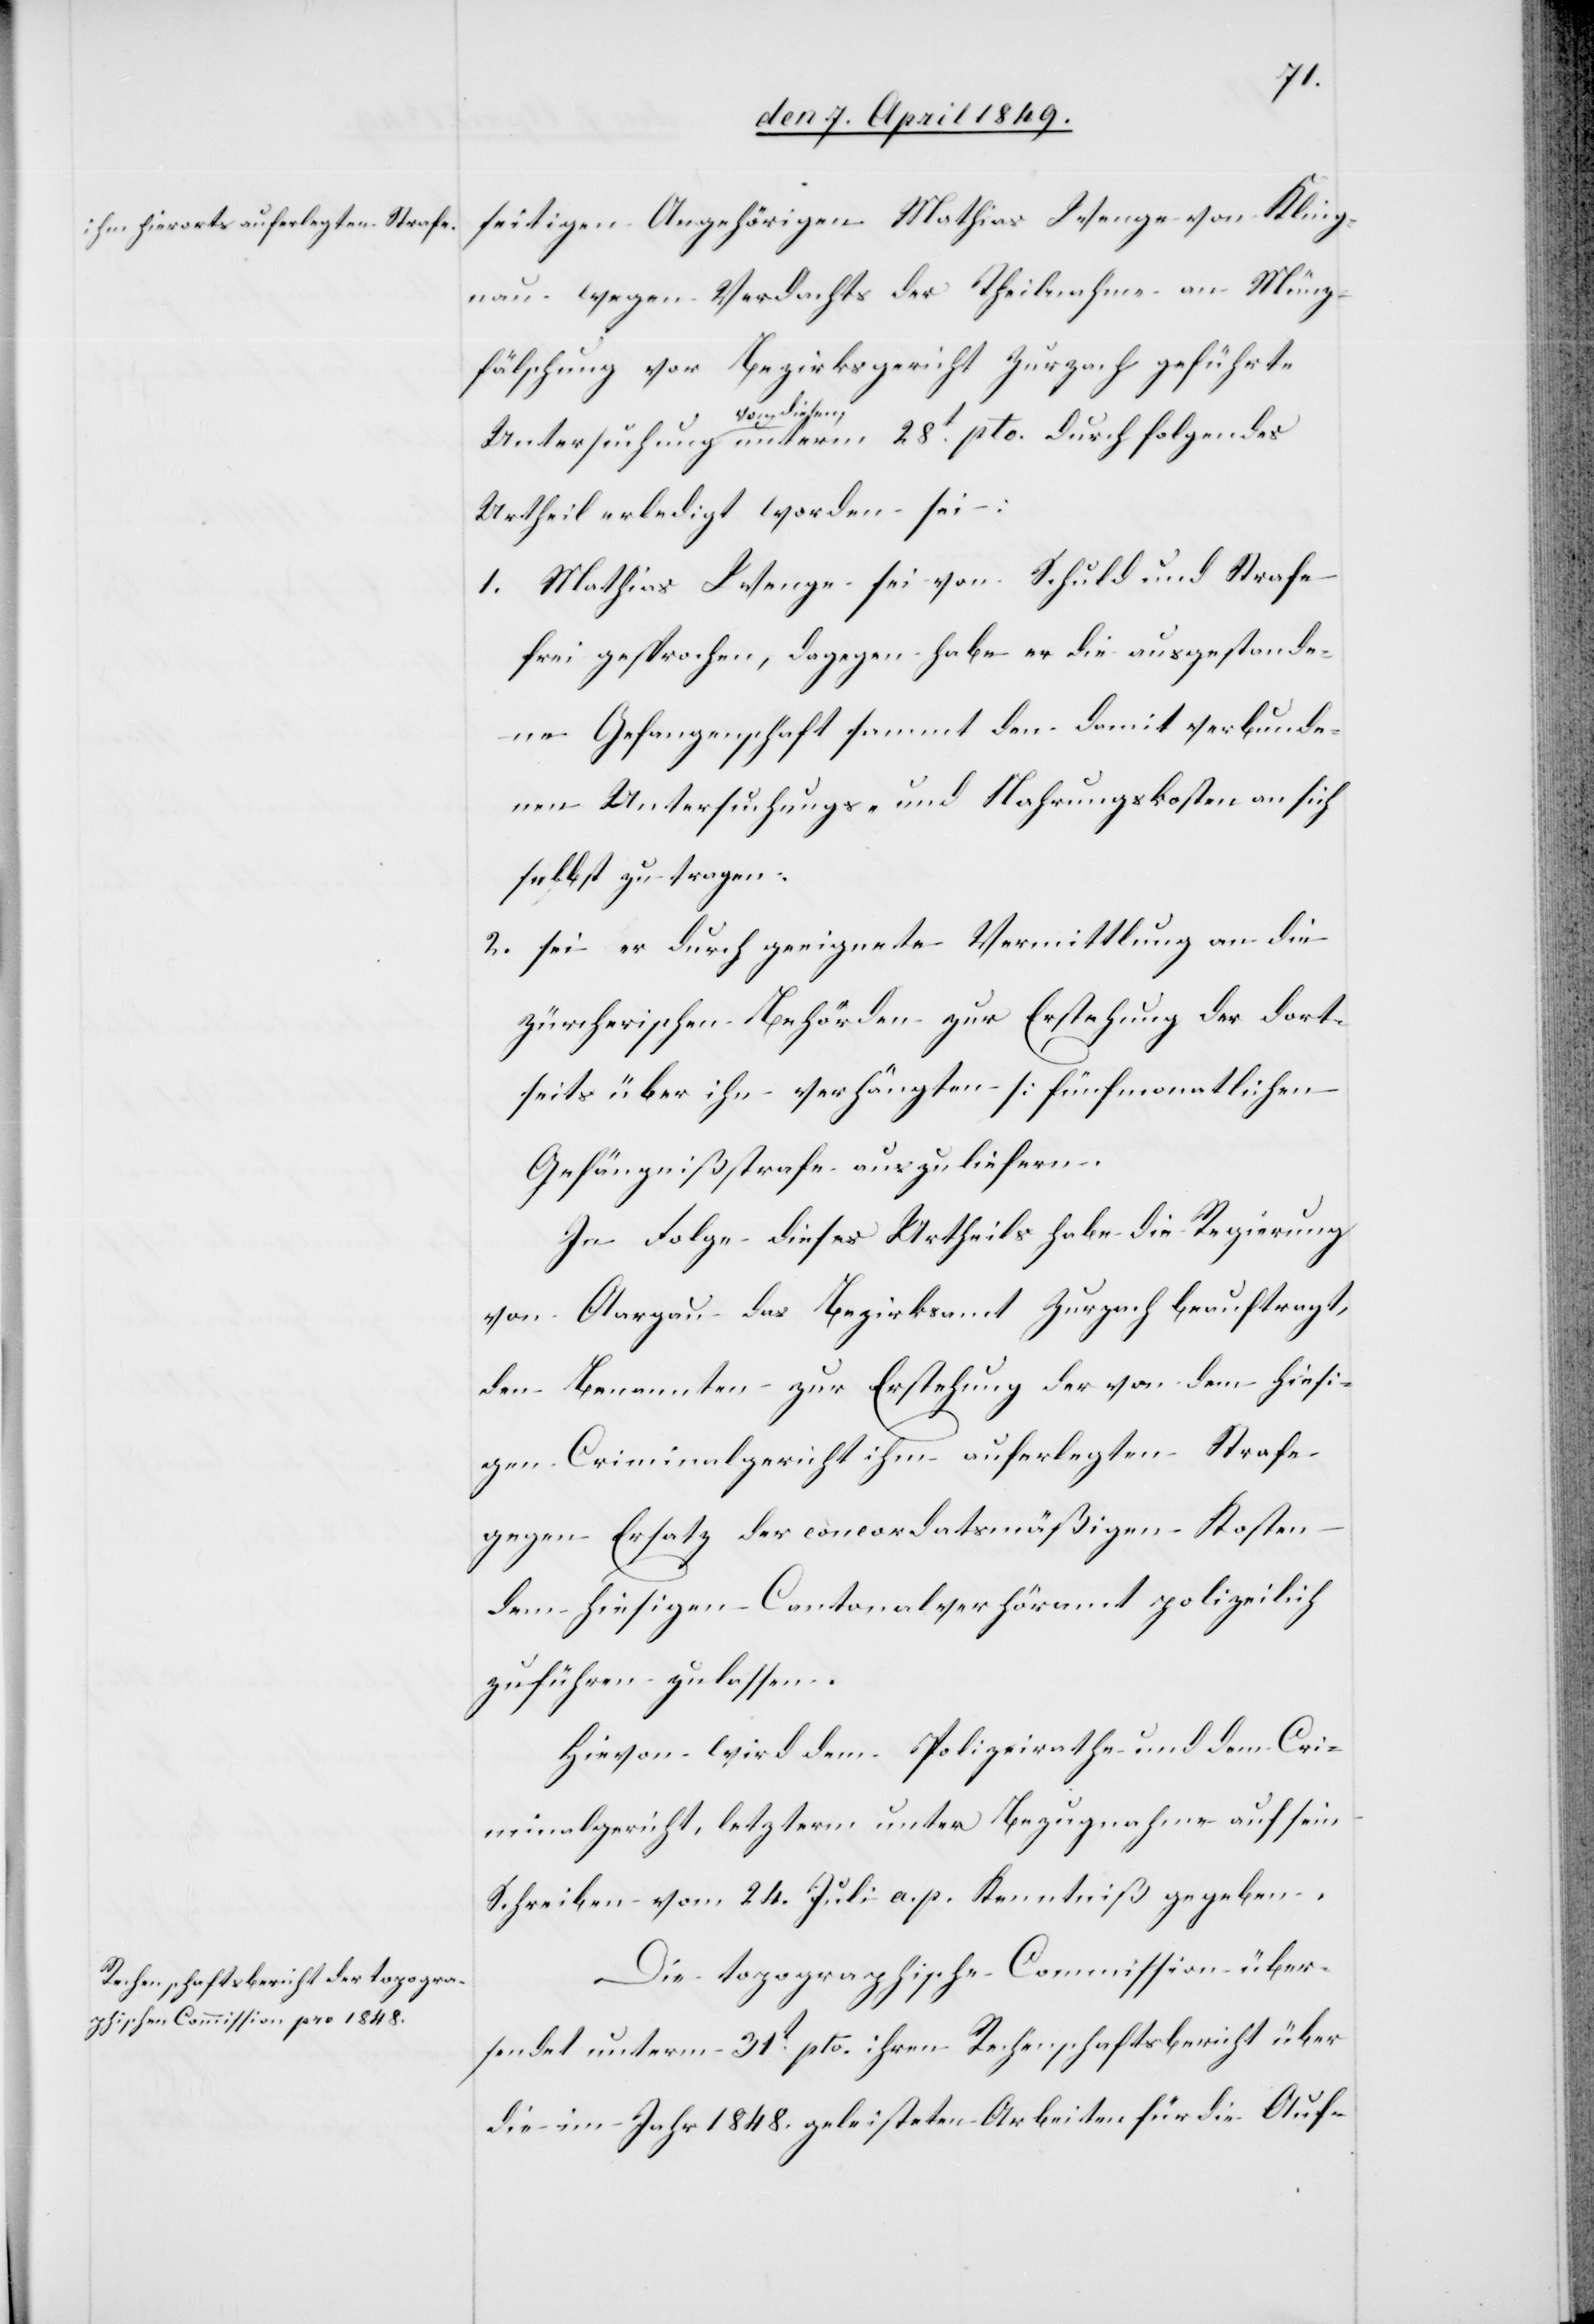
pto.
seitigen Angehörigen Mathias Wenge [sic!] von Kling¬
nau wegen Verdachts der Theilnahme an Münz¬
fälschung vor Bezirksgericht Zurzach geführte
von diesem
Urtheil erledigt worden sei:
1. Mathias Wenge sei von Schuld und Strafe
frei gesprochen, dagegen habe er die ausgestande¬
nen Untersuchungs- und Nahrungskosten an sich
selbst zu tragen.
2. sei er durch geeignete Vermittlung an die
zürcherischen Behörden zur Erstehung der dort¬
seits über ihn verhängten [fünfmonatlichen[]]
Gefängnißstrafe auszuliefern.
In Folge dieses Urtheils habe die Regierung
von Aargau das Bezirksamt Zurzach beauftragt,
den Benannten zur Erstehung der von dem hiesi¬
gen Criminalgericht ihm auferlegten Strafe
gegen Ersatz der concordatsmäßigen Kosten
dem hiesigen Cantonalverhöramt polizeilich
zuführen zu lassen.
Hievon wird dem Polizeirathe und dem Cri¬
minalgericht, letzterm unter Bezugnahme auf sein
Schreiben vom 24. Juli a. p. Kenntniß gegeben.
Die topographische Commission über¬
sendet unterm 31t pto. ihren Rechenschaftsbericht über
die im Jahr 1848. geleisteten Arbeiten für die Auf-